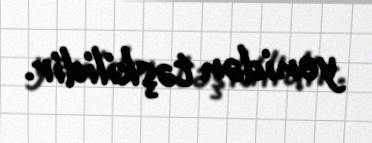
yenidən təşkilidir.